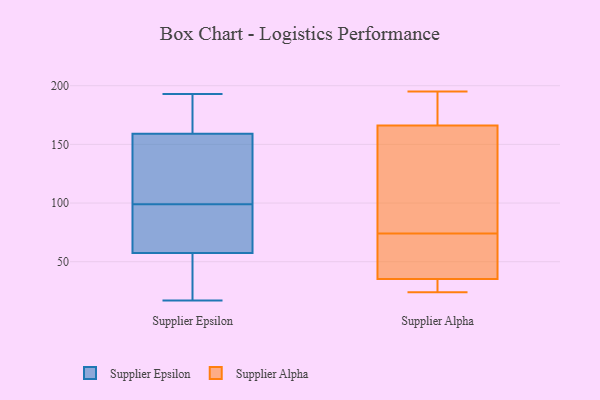
{"axis": {"x": "Population (Million)", "y": "Value"}, "legend": ["Supplier Alpha", "Supplier Epsilon"], "data": [{"x": "", "y": 158, "type": "Supplier Epsilon"}, {"x": "", "y": 17, "type": "Supplier Epsilon"}, {"x": "", "y": 63, "type": "Supplier Epsilon"}, {"x": "", "y": 119, "type": "Supplier Epsilon"}, {"x": "", "y": 193, "type": "Supplier Epsilon"}, {"x": "", "y": 79, "type": "Supplier Epsilon"}, {"x": "", "y": 73, "type": "Supplier Epsilon"}, {"x": "", "y": 35, "type": "Supplier Epsilon"}, {"x": "", "y": 160, "type": "Supplier Epsilon"}, {"x": "", "y": 182, "type": "Supplier Epsilon"}, {"x": "", "y": 52, "type": "Supplier Epsilon"}, {"x": "", "y": 119, "type": "Supplier Epsilon"}, {"x": "", "y": 32, "type": "Supplier Alpha"}, {"x": "", "y": 195, "type": "Supplier Alpha"}, {"x": "", "y": 179, "type": "Supplier Alpha"}, {"x": "", "y": 45, "type": "Supplier Alpha"}, {"x": "", "y": 118, "type": "Supplier Alpha"}, {"x": "", "y": 47, "type": "Supplier Alpha"}, {"x": "", "y": 24, "type": "Supplier Alpha"}, {"x": "", "y": 195, "type": "Supplier Alpha"}, {"x": "", "y": 30, "type": "Supplier Alpha"}, {"x": "", "y": 127, "type": "Supplier Alpha"}, {"x": "", "y": 74, "type": "Supplier Alpha"}]}